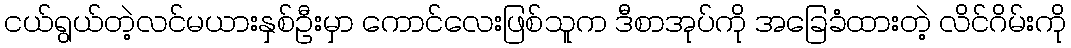
ငယ်ရွယ်တဲ့လင်မယားနှစ်ဦးမှာ ကောင်လေးဖြစ်သူက ဒီစာအုပ်ကို အခြေခံထားတဲ့ လိင်ဂိမ်းကို